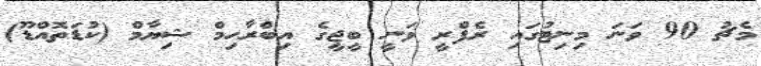
މެޗު 90 ވަނަ މިނިޓުގައި ރެފްރީ ވަނީ ބީޖީގެ އިބްރާހިމް ޝިޔާމް (ކުޑަތޮއްޑޫ)